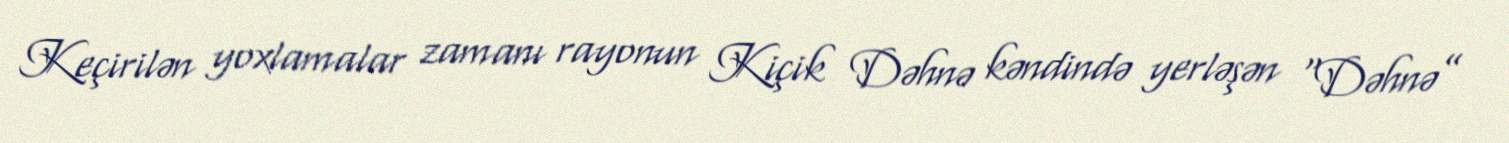
Keçirilən yoxlamalar zamanı rayonun Kiçik Dəhnə kəndində yerləşən “Dəhnə”